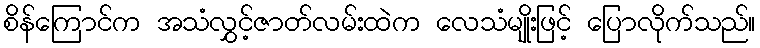
စိန်ကြောင်က အသံလွှင့်ဇာတ်လမ်းထဲက လေသံမျိုးဖြင့် ပြောလိုက်သည်။